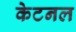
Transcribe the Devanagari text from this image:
केटनल